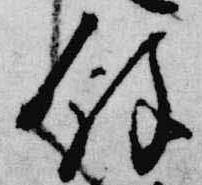
余